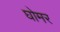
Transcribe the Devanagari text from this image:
घोमर